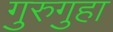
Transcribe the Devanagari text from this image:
गुरुगुहा